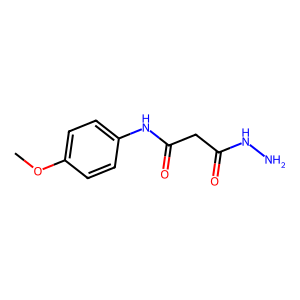
SMILES: COc1ccc(NC(=O)CC(=O)NN)cc1
Inhibits HIV replication: No